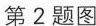
第2题图